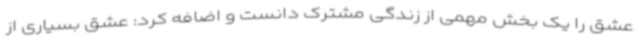
عشق را یک بخش مهمی از زندگی مشترک دانست و اضافه کرد: عشق بسیاری از